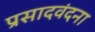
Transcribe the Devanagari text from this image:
प्रसादवंदना